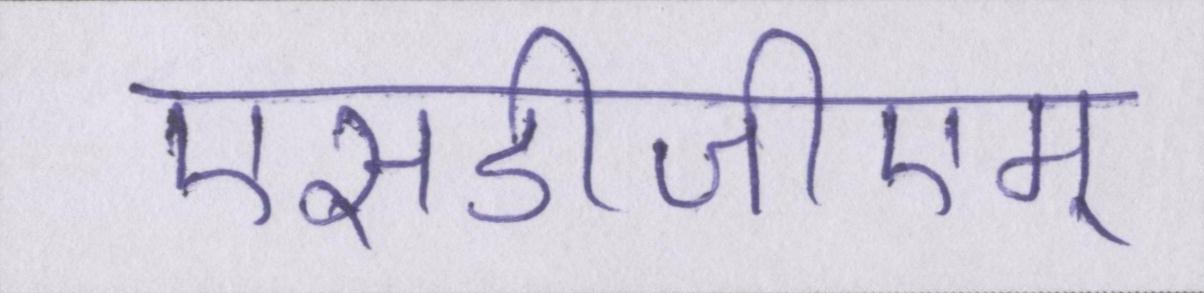
एसडीजीएम्